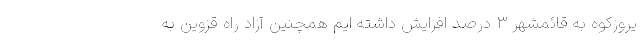
یروزکوه به قائمشهر ۳ درصد افزایش داشته ایم همچنین آزاد راه قزوین به